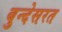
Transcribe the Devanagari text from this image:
बुन्देसरत